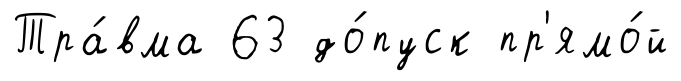
Тра́вма 63 до́пуск пр'ямо́й